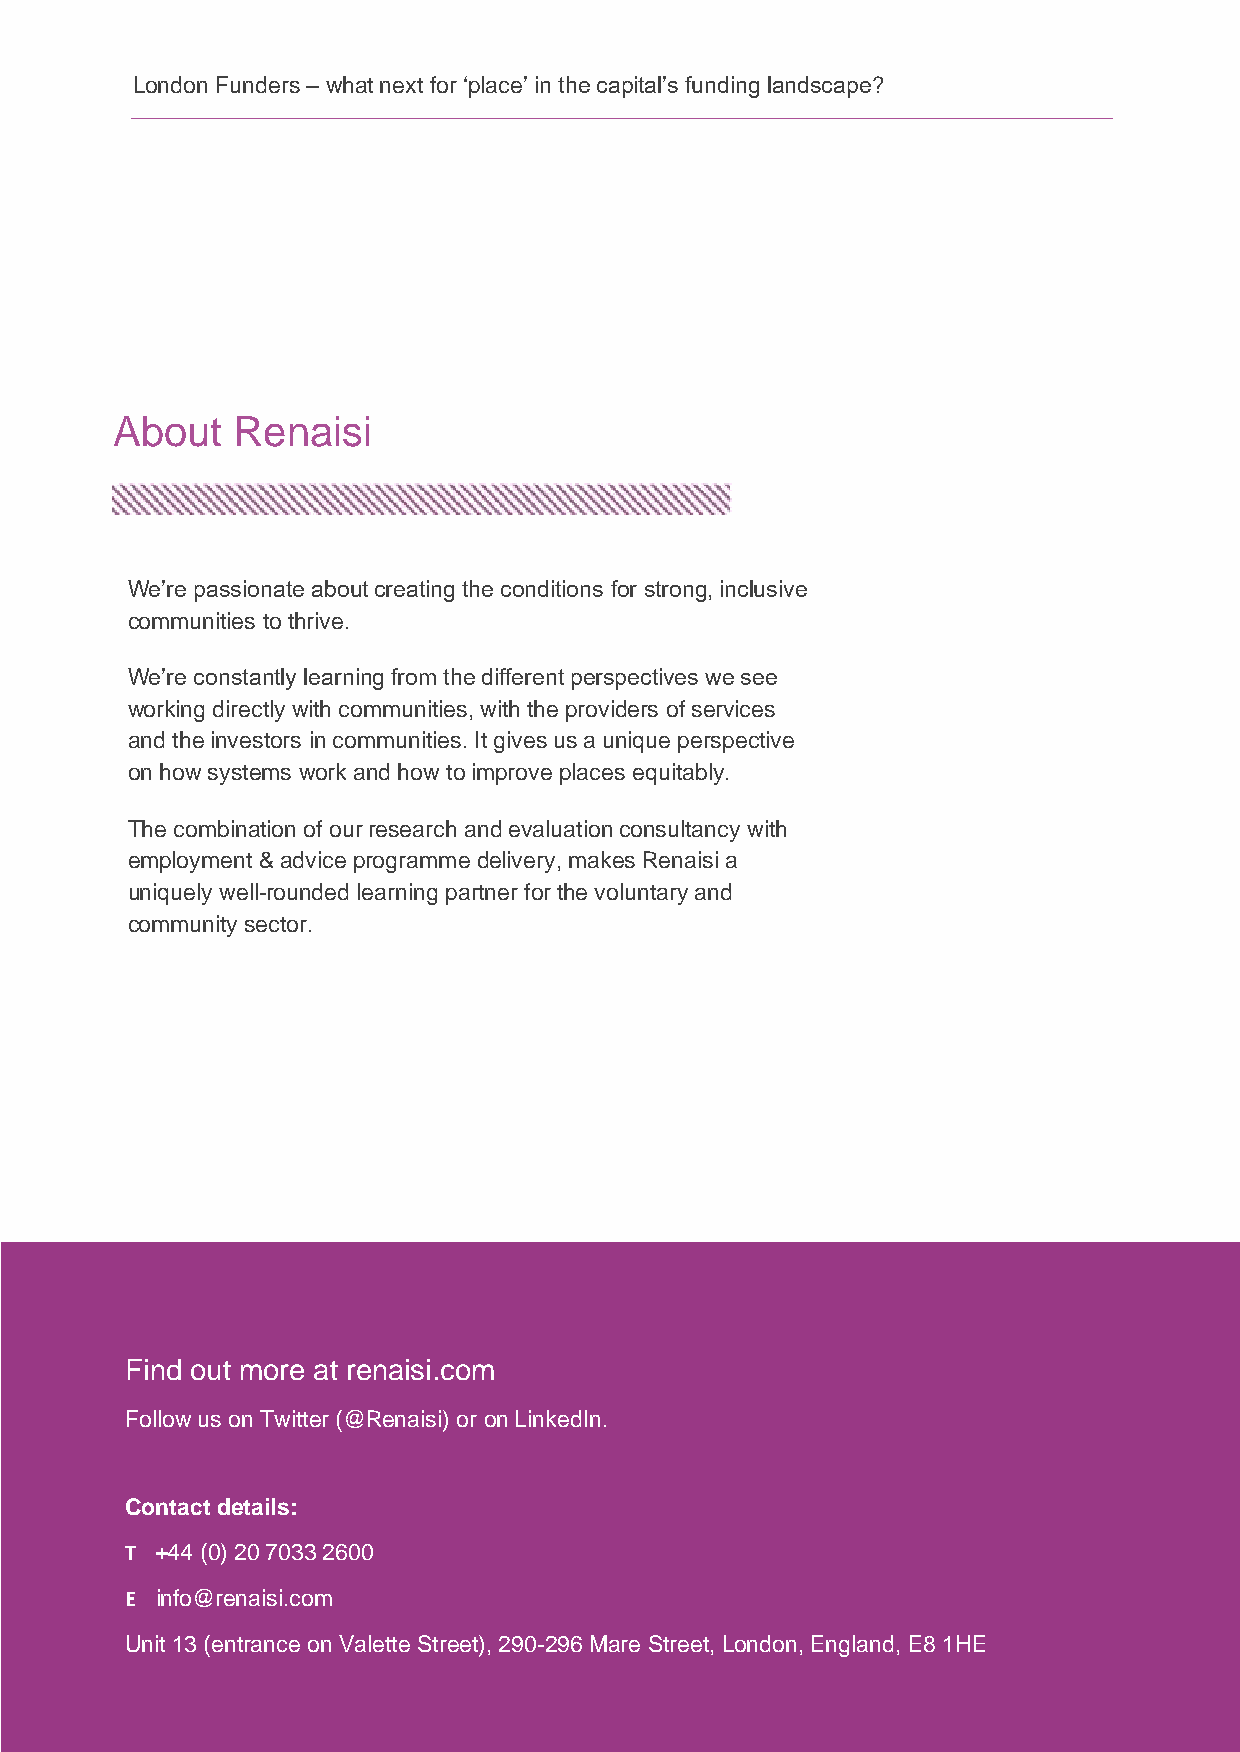
London Funders – what next for ‘place’ in the capital’s funding landscape?
 About   Renaisi
 We’re passionate about creating the conditions for strong, inclusive
 communities to thrive.
 We’re constantly learning from the different perspectives we see
 working directly with communities, with the providers of services
 and the investors in communities. It gives us a unique perspective
 on how systems work and how to improve places equitably.
 The combination of our research and evaluation consultancy with
 employment & advice programme delivery, makes Renaisi a
 uniquely well-rounded learning partner for the voluntary and
 community sector.
 Find out more at renaisi.com
 Follow us on Twitter (@Renaisi) or on LinkedIn.
 Contact details:
 T +44 (0) 20 7033 2600
 E info@renaisi.com
 Unit 13 (entrance on Valette Street), 290-296 Mare Street, London, England, E8 1HE
 16